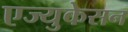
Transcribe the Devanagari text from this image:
एज्युकेसन